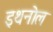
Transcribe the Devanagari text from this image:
इथनोल